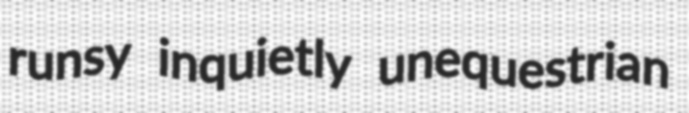
runsy inquietly unequestrian